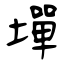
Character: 墠